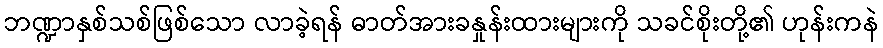
ဘဏ္ဍာနှစ်သစ်ဖြစ်သော လာခဲ့ရန် ဓာတ်အားခနှုန်းထားများကို သခင်စိုးတို့၏ ဟုန်းကနဲ